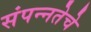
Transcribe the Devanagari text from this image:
संपन्‍नतेचे